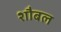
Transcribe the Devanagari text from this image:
शौबल